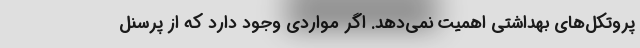
پروتکل‌های بهداشتی اهمیت نمی‌دهد. اگر مواردی وجود دارد که از پرسنل